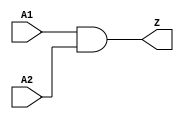
// This program was cloned from: https://github.com/TILOS-AI-Institute/MacroPlacement
// License: BSD 3-Clause "New" or "Revised" License

// ================================================================
// NVDLA Open Source Project
//
// Copyright(c) 2016 - 2017 NVIDIA Corporation. Licensed under the
// NVDLA Open Hardware License; Check "LICENSE" which comes with
// this distribution for more information.
// ================================================================
module PGAOPV_AN2D2PO4 (
  A1
 ,A2
 ,Z
 );
//---------------------------------------
//IO DECLARATIONS
input A1 ;
input A2 ;
output Z ;
assign Z = A1 & A2;
endmodule